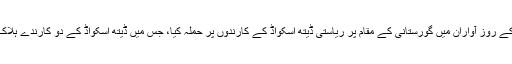
ہفتہ ہی کے روز آواران میں گورستانی کے مقام پر ریاستی ڈیتھ اسکواڈ کے کارندوں پر حملہ کیا، جس میں ڈیتھ اسکواڈ کے دو کارندے ہلاک ہوئے ۔